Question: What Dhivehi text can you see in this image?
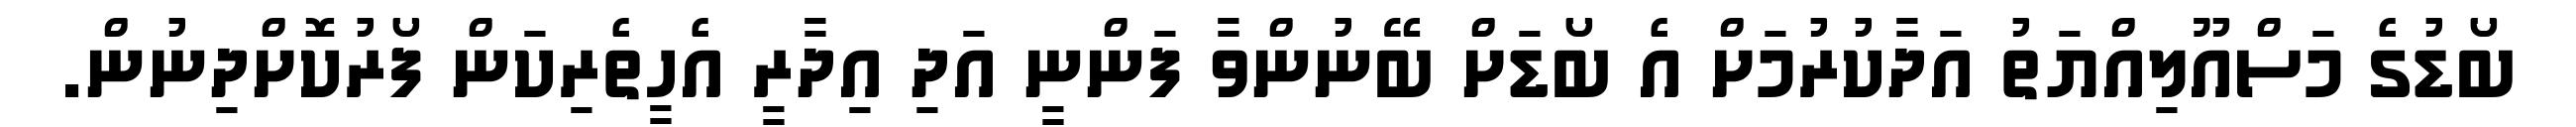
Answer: ބޯޑުގެ މަސްއޫލިއްޔަތު އަދާކުރުމަށް އެ ބޯޑަށް ބޭނުންވާ ފަންނީ އަދި އިދާރީ އެހީތެރިކަން ފޯރުކޮށްދިނުން.